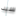
سيد